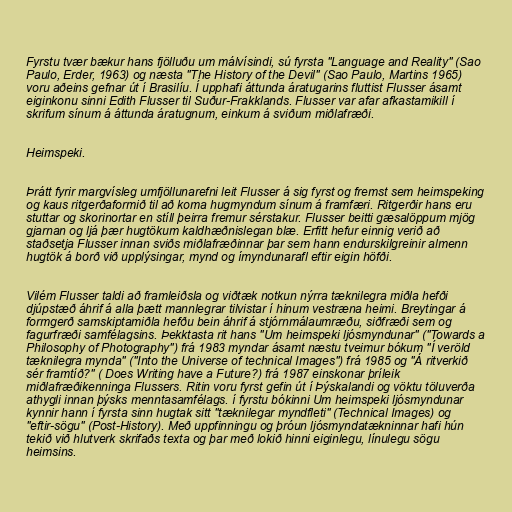
Fyrstu tvær bækur hans fjölluðu um málvísindi, sú fyrsta "Language and Reality" (Sao
Paulo, Erder, 1963) og næsta "The History of the Devil" (Sao Paulo, Martins 1965)
voru aðeins gefnar út í Brasilíu. Í upphafi áttunda áratugarins fluttist Flusser ásamt
eiginkonu sinni Edith Flusser til Suður-Frakklands. Flusser var afar afkastamikill í
skrifum sínum á áttunda áratugnum, einkum á sviðum miðlafræði.

Heimspeki.

Þrátt fyrir margvísleg umfjöllunarefni leit Flusser á sig fyrst og fremst sem heimspeking
og kaus ritgerðaformið til að koma hugmyndum sínum á framfæri. Ritgerðir hans eru
stuttar og skorinortar en stíll þeirra fremur sérstakur. Flusser beitti gæsalöppum mjög
gjarnan og ljá þær hugtökum kaldhæðnislegan blæ. Erfitt hefur einnig verið að
staðsetja Flusser innan sviðs miðlafræðinnar þar sem hann endurskilgreinir almenn
hugtök á borð við upplýsingar, mynd og ímyndunarafl eftir eigin höfði.

Vilém Flusser taldi að framleiðsla og viðtæk notkun nýrra tæknilegra miðla hefði
djúpstæð áhrif á alla þætt mannlegrar tilvistar í hinum vestræna heimi. Breytingar á
formgerð samskiptamiðla hefðu bein áhrif á stjórnmálaumræðu, siðfræði sem og
fagurfræði samfélagsins. Þekktasta rit hans "Um heimspeki ljósmyndunar" ("Towards a
Philosophy of Photography") frá 1983 myndar ásamt næstu tveimur bókum "Í veröld
tæknilegra mynda" ("Into the Universe of technical Images") frá 1985 og "Á ritverkið
sér framtíð?" ( Does Writing have a Future?) frá 1987 einskonar þríleik
miðlafræðikenninga Flussers. Ritin voru fyrst gefin út í Þýskalandi og vöktu töluverða
athygli innan þýsks menntasamfélags. í fyrstu bókinni Um heimspeki ljósmyndunar
kynnir hann í fyrsta sinn hugtak sitt "tæknilegar myndfleti" (Technical Images) og
"eftir-sögu" (Post-History). Með uppfinningu og þróun ljósmyndatækninnar hafi hún
tekið við hlutverk skrifaðs texta og þar með lokið hinni eiginlegu, línulegu sögu
heimsins.